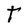
Character: t